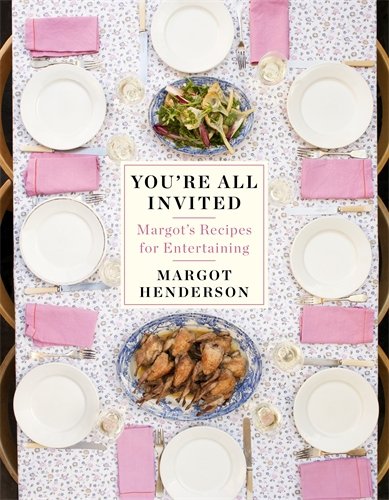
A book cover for You're All Invited; Margot Henderson; Cookbooks, Food & Wine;